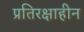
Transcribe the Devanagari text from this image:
प्रतिरक्षाहीन